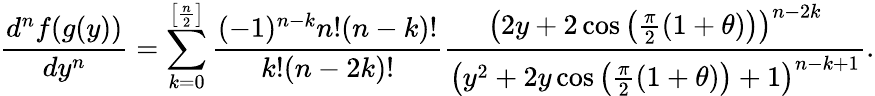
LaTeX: \frac{d^{n}f(g(y))}{dy^{n}}=\sum_{k=0}^{\left[\frac{n}{2}\right]}\frac{(-1)^{n-k}n!(n-k)!}{k!(n-2k)!}\frac{\left(2y+2\cos\left(\frac{\pi}{2}(1+\theta)\right)\right)^{n-2k}}{\left(y^{2}+2y\cos\left(\frac{\pi}{2}(1+\theta)\right)+1\right)^{n-k+1}}.